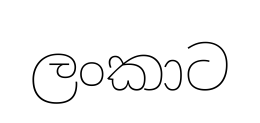
ලංකාට